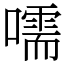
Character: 嚅